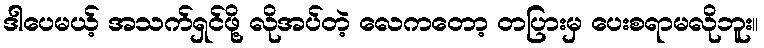
ဒါပေမယ့် အသက်ရှင်ဖို့ လိုအပ်တဲ့ လေကတော့ တပြားမှ ပေးစရာမလိုဘူး။